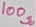
Text: 100Ω